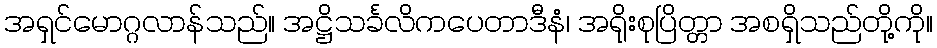
အရှင်မောဂ္ဂလာန်သည်။ အဋ္ဌိသင်္ခလိကပေတာဒီနံ၊ အရိုးစုပြိတ္တာ အစရှိသည်တို့ကို။